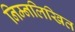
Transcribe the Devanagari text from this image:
निम्नलिखित